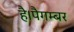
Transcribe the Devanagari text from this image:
है।पैगम्बर